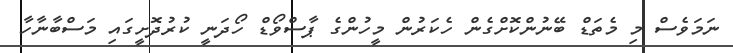
ނަމަވެސް މި މެތަޑް ބޭނުންކޮށްގެން ހެކަރުން މީހުންގެ ޕާސްވޯޑް ހޯދަނީ ކުރުދޮށީގައި މަސްބާނާހާ